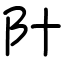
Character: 䦹